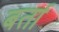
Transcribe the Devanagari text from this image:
बर्ता